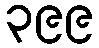
၃၉၉